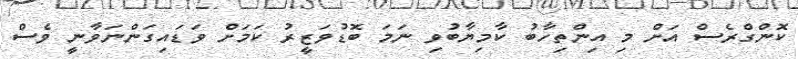
ކޮންގްރެސް އަށް މި އިންތިހާބު ކާމިޔާބުވި ނަމަ ބޮޑުވަޒީރު ކަމަށް ވަޑައިގަންނަވާނީ ވެސް